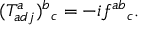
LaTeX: ( T _ { a d j } ^ { a } ) _ { \; \; c } ^ { b } = - i f _ { \; \; \; \; c } ^ { a b } .